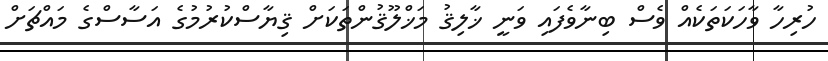
ހުރިހާ ވާހަކަތަކެއް ވެސް ބިނާވެފައި ވަނީ ޚާލިޤު މަޚްލޫޤުންތަކަށް ޤިޔާސްކުރުމުގެ އަސާސްގެ މައްޗަށް